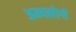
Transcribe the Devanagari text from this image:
अन्यलोगों